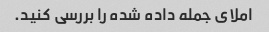
املای جمله داده شده را بررسی کنید.